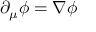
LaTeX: \partial _ { \mu } \phi = \nabla \phi